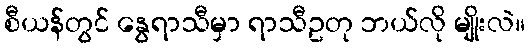
စီယန်တွင် နွေရာသီမှာ ရာသီဥတု ဘယ်လို မျိုးလဲ။